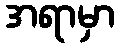
အရာမှာ